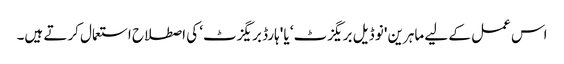
اس عمل کے لیے ماہرین 'نو ڈیل بریگزٹ‘ یا 'ہارڈ بریگزٹ‘ کی اصطلاح استعمال کرتے ہیں۔